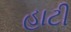
હાટી